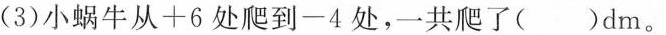
(3)小蜗牛从+6处爬到-4处，一共爬了()dm。